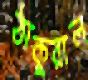
ঠাকুরাল